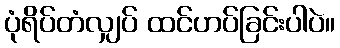
ပုံရိပ်တံလျှပ် ထင်ဟပ်ခြင်းပါပဲ။